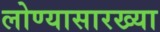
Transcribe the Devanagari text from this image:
लोण्यासारख्या